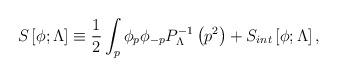
LaTeX: \begin{align*}S\left[\phi;\Lambda\right]\equiv{1\over2}\int_p\phi_p\phi_{-p} P^{-1}_{\Lambda}\left( p^2\right) +S_{int}\left[ \phi ; \Lambda\right],\end{align*}